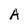
Character: A